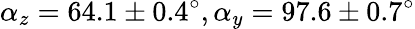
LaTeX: \alpha_{z}=64.1\pm 0.4^{\circ},\alpha_{y}=97.6\pm 0.7^{\circ}